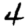
Digit: 4